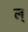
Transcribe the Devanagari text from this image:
ल्‌